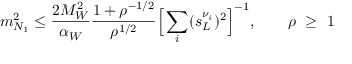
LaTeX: m _ { N _ { 1 } } ^ { 2 } \leq \frac { 2 M _ { W } ^ { 2 } } { \alpha _ { W } } \frac { 1 + \rho ^ { - 1 / 2 } } { \rho ^ { 1 / 2 } } \Big [ \sum _ { i } ( s _ { L } ^ { \nu _ { i } } ) ^ { 2 } \Big ] ^ { - 1 } , \qquad \rho \ \geq \ 1